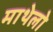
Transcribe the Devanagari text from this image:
माथेलो